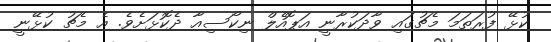
ކުޅޭ ފުރަތަމަ މެޗުގައި ވާދަކުރާނީ އަޕޮއެލް ނިކޯސިއާ ދެކޮޅަށެވެ. އެ މެޗު ކުޅޭނީ